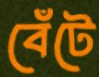
বেঁটে